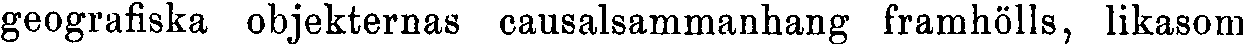
geografiska objekternas causalsammanhang framhölls, likasom